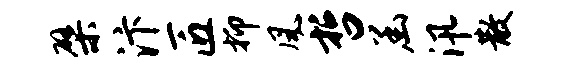
檗汴匠抑风哲函汛散